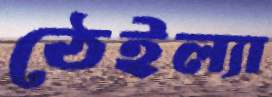
ঠেইল্যা